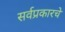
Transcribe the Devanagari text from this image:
सर्वप्रकारचे